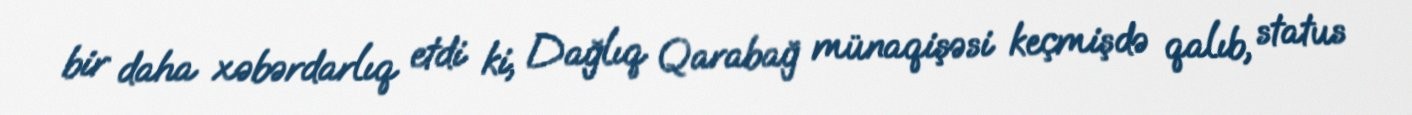
bir daha xəbərdarlıq etdi ki, Dağlıq Qarabağ münaqişəsi keçmişdə qalıb, status